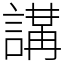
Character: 𧪸